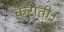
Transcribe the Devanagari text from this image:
करातीं।